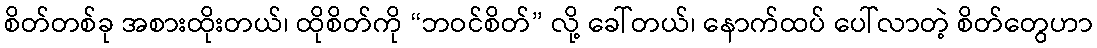
စိတ်တစ်ခု အစားထိုးတယ်၊ ထိုစိတ်ကို “ဘဝင်စိတ်” လို့ ခေါ်တယ်၊ နောက်ထပ် ပေါ်လာတဲ့ စိတ်တွေဟာ